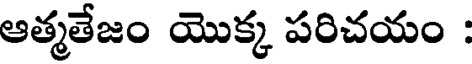
ఆత్మతేజం యొక్క పరిచయం :